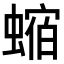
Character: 𧎧